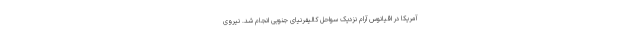
آمریکا در اقیانوس آرام نزدیک سواحل کالیفرنیای جنوبی انجام شد. نیروی